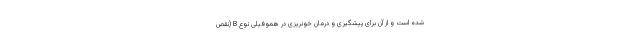
شده است و از آن برای پیشگیری و درمان خونریزی در هموفیلی نوع B (نقص